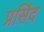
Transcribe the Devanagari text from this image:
प्रसिंद